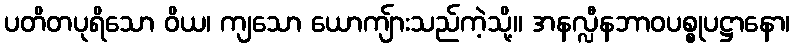
ပတိတပုရိသော ဝိယ၊ ကျသော ယောကျ်ားသည်ကဲ့သို့။ အနလ္လီနဘာဝပစ္စုပဋ္ဌာနော၊